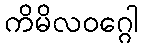
ကိမိလဝဂ္ဂေါ